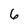
Character: 6